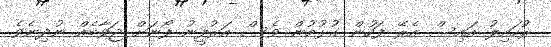
ރުހައިލު އައިސް އެރޭ ފަހުން ގުޅުމުން ވެސް އަރުފީނު ފޯނަށް ޖަވާބެއް ނުދިނެވެ.